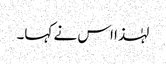
لہٰذا اس نے کہا۔